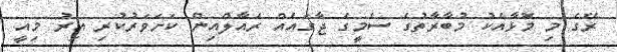
ރޭގެ މި މޮޅާއެކު މުބާރާތުގެ ސެމީގެ ޖާގައެއް ރެއާލްއިން ކަށަވަރުކުރި އިރު މިއީ